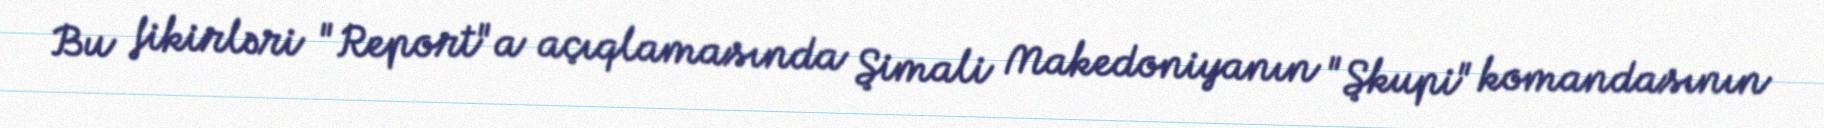
Bu fikirləri "Report"a açıqlamasında Şimali Makedoniyanın "Şkupi" komandasının